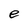
Character: e